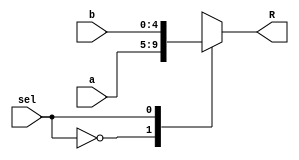
`timescale 1ns/1ns
module mux5b (
    input [4:0] a,
    input [4:0] b,
    input sel,
    output reg [4:0] R
);

always @(*) begin
    case(sel)
        1'b0: R <= a;
        1'b1: R <= b;
        default: R <= 0;
    endcase
end
endmodule